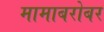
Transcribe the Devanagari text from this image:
मामाबरोबर